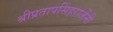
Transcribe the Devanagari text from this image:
श्रीप्रतापसिंहराजेंनी